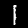
Label: 1